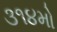
૩૧૪મો